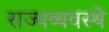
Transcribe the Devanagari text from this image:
राज्यव्यवस्थे